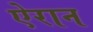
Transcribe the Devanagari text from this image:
ऐरान